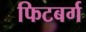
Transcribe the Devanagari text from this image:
फिटबर्ग